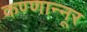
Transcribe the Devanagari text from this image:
कण्णान्नूर